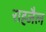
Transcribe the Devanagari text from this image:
राह्जैल